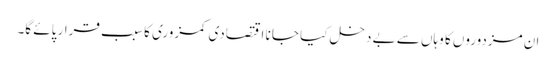
ان مزدوروں کا وہاں سے بے دخل کیا جا نا اقتصادی کمزوری کا سبب قرار پائے گا۔